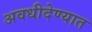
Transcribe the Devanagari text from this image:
अवधीदेण्यात